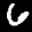
Label: 6